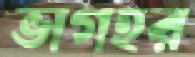
ভাগহর